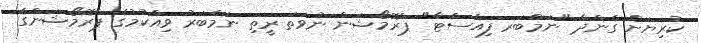
ކުރިޔަށް ގެންދާ "ނަމްބަރ ފިއެސްޓާ" ޕްރޮމޯޝަން ނުވަތަ ރީތި ނަމްބަރު ވިއްކުމުގެ ޕްރޮމޯޝަންގެ